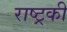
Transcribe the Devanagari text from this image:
राष्ट्रकी